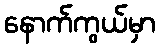
နောက်ကွယ်မှာ